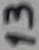
Text: 13